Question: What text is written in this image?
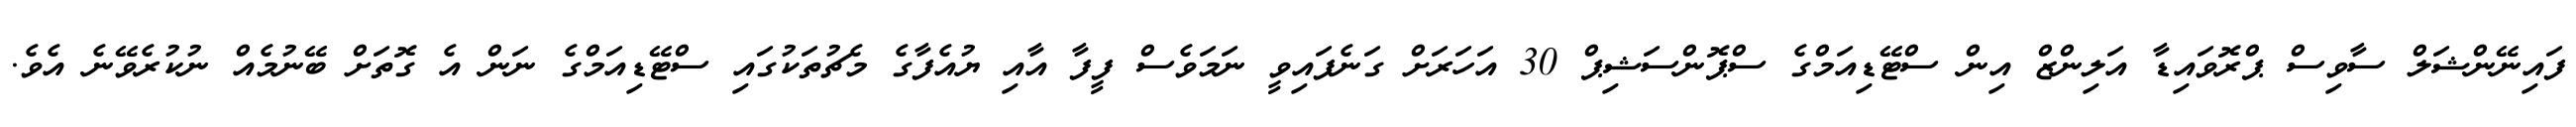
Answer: ފައިނޭންޝަލް ސާވިސް ޕްރޮވައިޑާ އަލިންޒް އިން ސްޓޭޑިއަމްގެ ސްޕޮންސަޝިޕް 30 އަހަރަށް ގަނެފައިވީ ނަމަވެސް ފީފާ އާއި ޔުއެފާގެ މެޗުތަކުގައި ސްޓޭޑިއަމްގެ ނަން އެ ގޮތަށް ބޭނުމެއް ނުކުރެވޭނެ އެވެ.